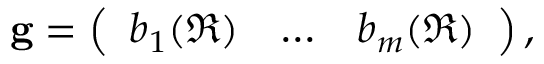
\mathbf { g } = \left( \begin{array} { c c c } { b _ { 1 } ( \mathfrak { R } ) } & { \ldots } & { b _ { m } ( \mathfrak { R } ) } \end{array} \right) ,